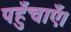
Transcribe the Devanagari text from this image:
पहुँचाएँ।